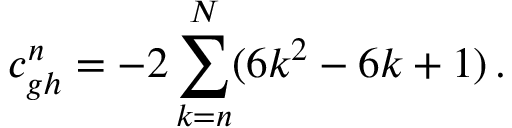
c _ { g h } ^ { n } = - 2 \sum _ { k = n } ^ { N } ( 6 k ^ { 2 } - 6 k + 1 ) \, .